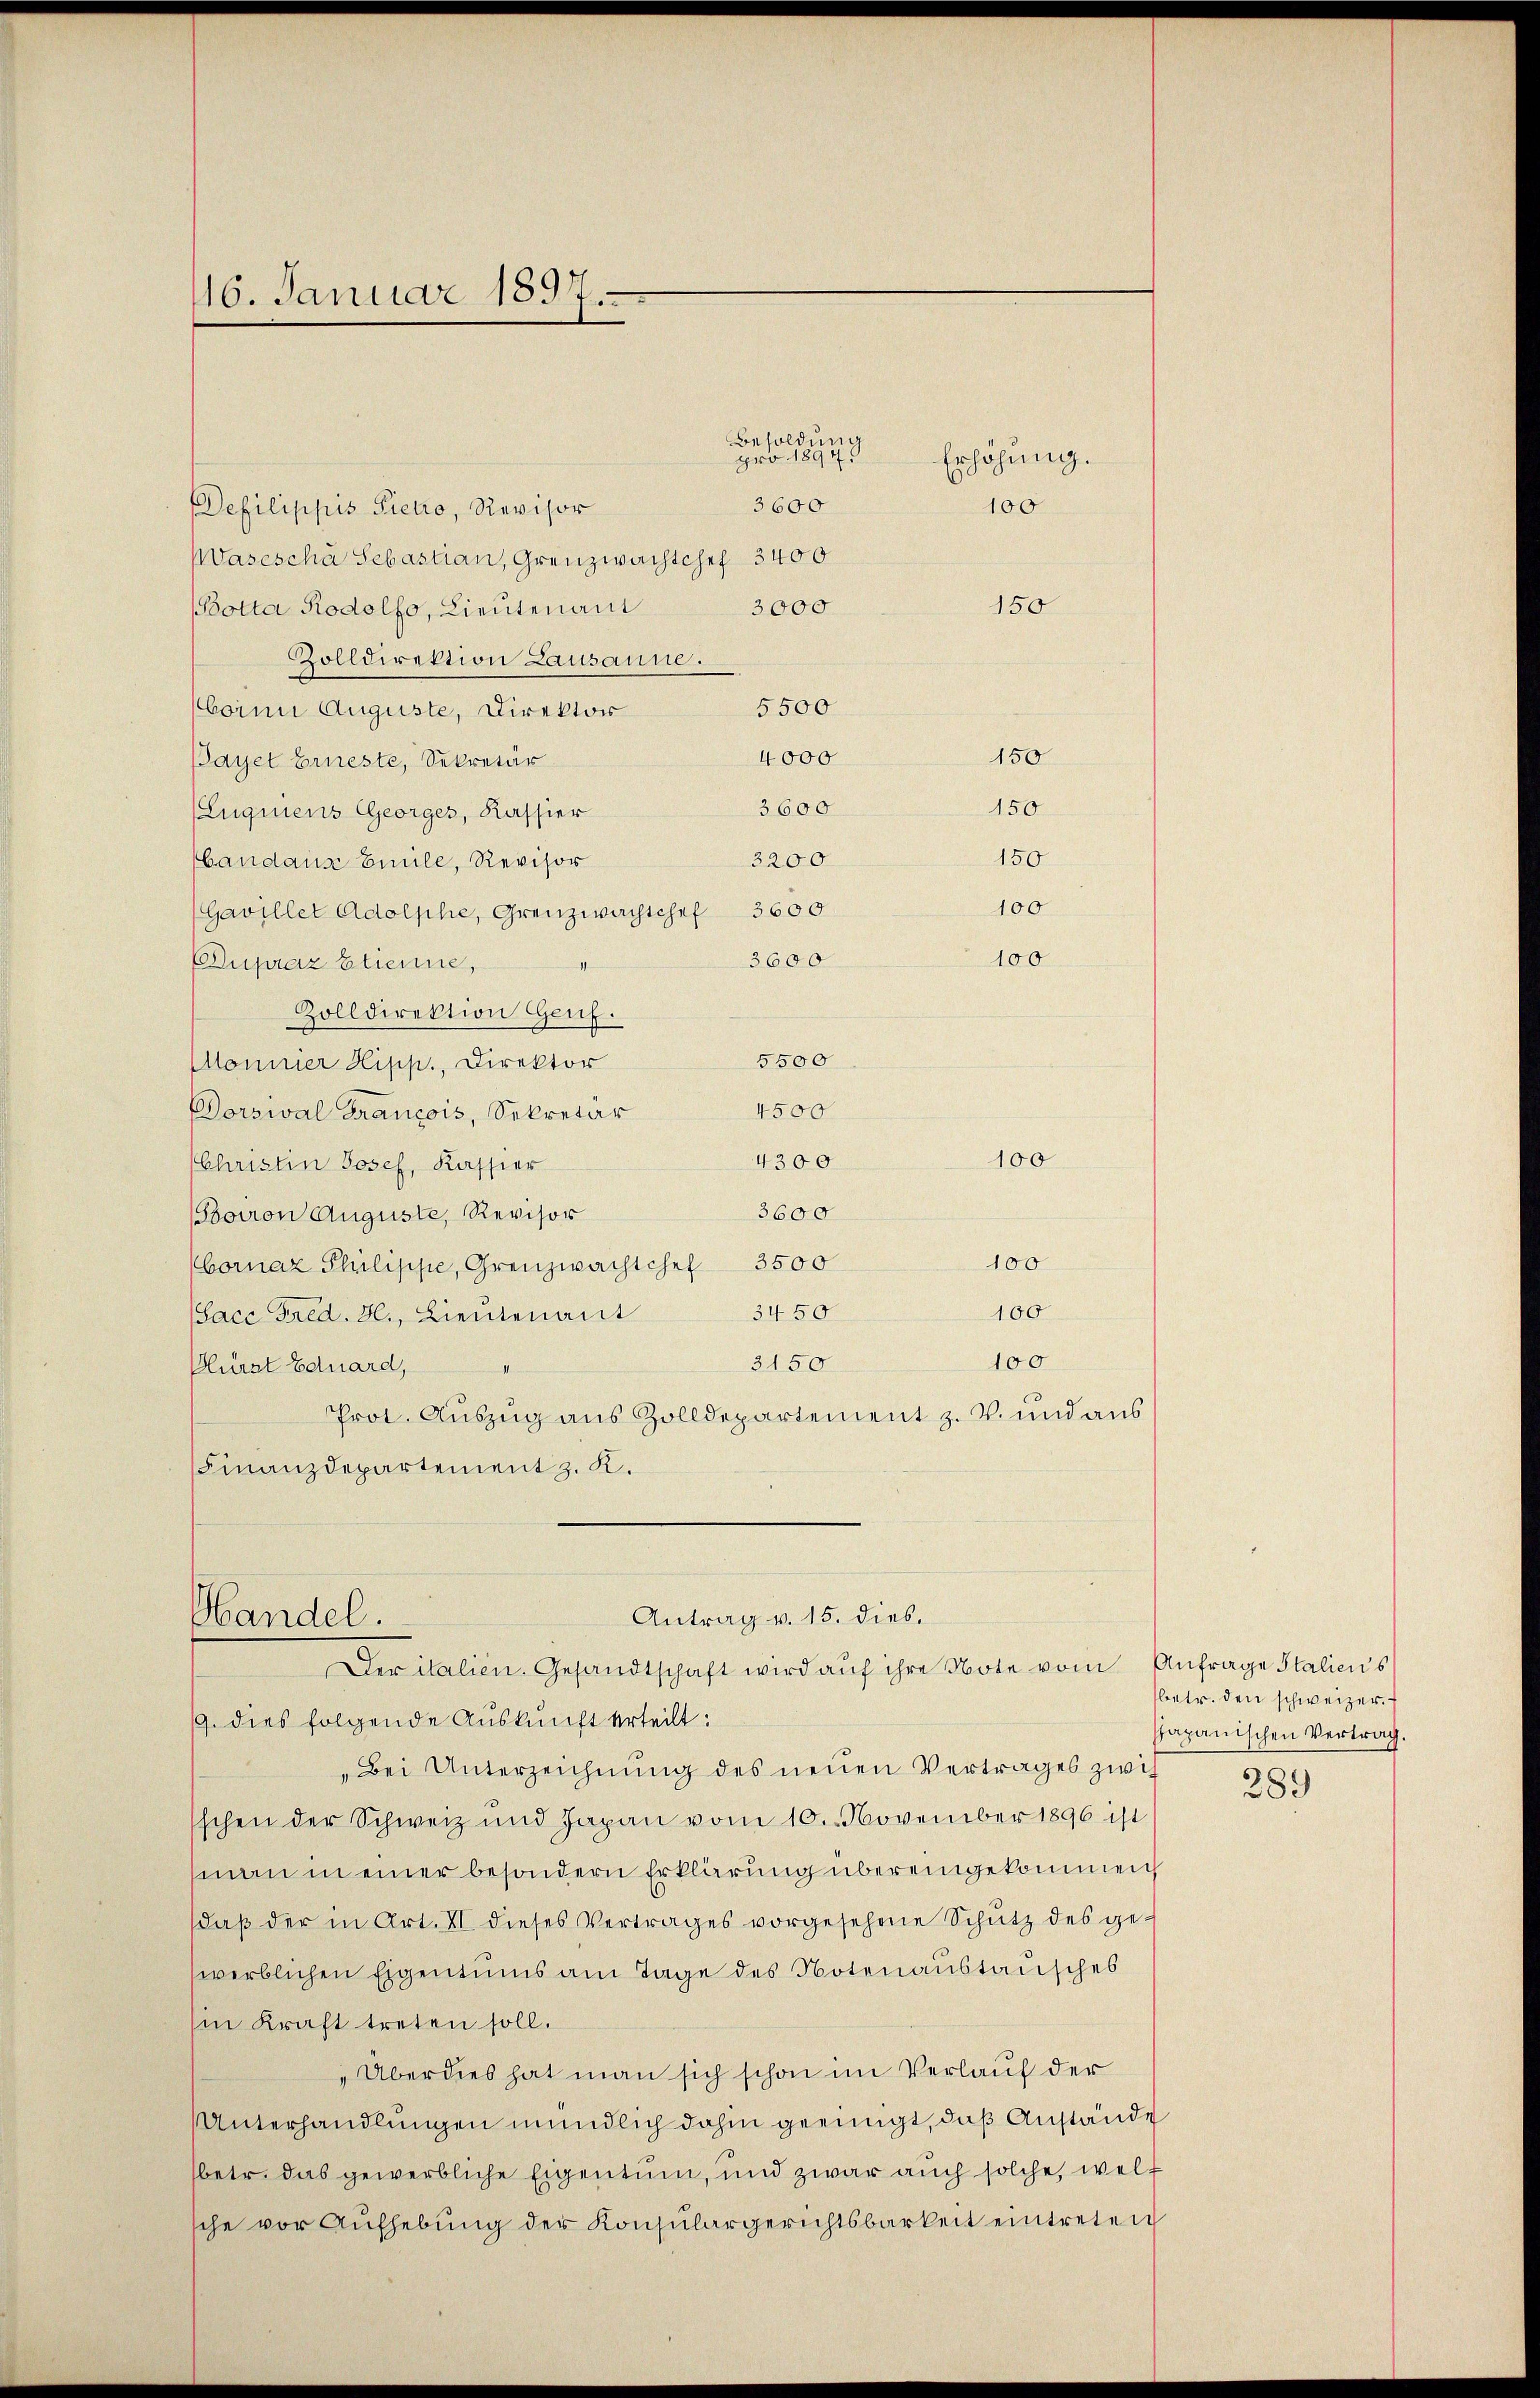
16. Januar 1897.

Defilippis Pietro, Revisor
Waseschä Sebastian, Grenzwachtchef 3400
150
3000
BBotta Rodolfo, Lieutenant
Zolldirektion Lausanne.
5500
Corni Auguste, Direktor
150
4000
Payet Erneste, Sekretär
150
3600
(Lugnens Georges, Kassier
150
3200
bandaus Emile, Revisor
100
(Gavillet Adolphe, Grenzwachtchef 3600
100
3600
Dupraz Etienne,
Zolldirektion Genf.
5500
Monnier Hipp., Direktor
4500
Dorsival Krancois, Sekretär
4300
100
Christin Josef, Kassier
3600
Boiron Auguste, Revisor
100
bornaz Philippe, Grenzwachtchef 3500
3450
100
Sace Fred. H., Lieutenant
100
3150
Plürzt Eduard,
Prot. Auszug aus Zolldepartement z. V. und aus
Finanzdepartement z. K.

Handel.

Besoldung
pro. 1894.
3600
100

9. dies folgende Auskunft erteilt:
„Bei Unterzeichnung des neuen Vertrages zwich
sschen der Schweiz und Japan vom 10. November 1896 ist
man meiner besondern Erklärung übereingekommen
daß der in Art. II dieses Vertrages vorgesehene Schutz des gewerblichen Eigentums am Tage des Notenaustausches
in Kraft treten soll.
„Überdies hat man sich schon im Verlauf der
Unterhandlungen mündlich dahin geeinigt, daß Anstände
betr. das gewerbliche Eigentum, und zwar auch solche, welt
sche vor Aufhebung der Konsulargerichtsbarkeit eintreten

Erhöhung.

Antrag v. 15. dies.
Der italien. Gesandtschaft wird aŭf ihre Note vom Anfrage Staliens

betr. den schweizer. E
apanischen Vertrag

289